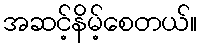
အဆင့်နိမ့်စေတယ်။